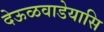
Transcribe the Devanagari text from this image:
देऊळवाडेयासि